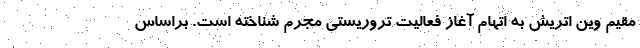
مقیم وین اتریش به اتهام آغاز فعالیت تروریستی مجرم شناخته است. براساس